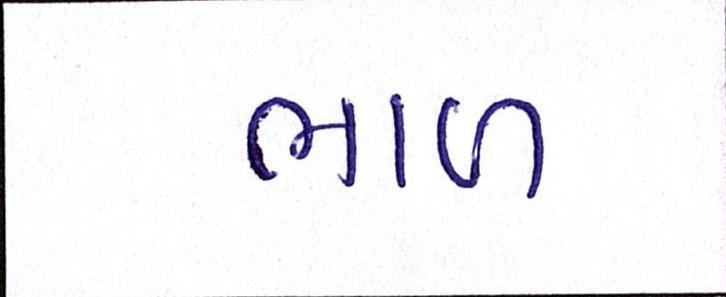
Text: ભાળ